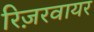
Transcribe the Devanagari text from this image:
रिज़रवायर